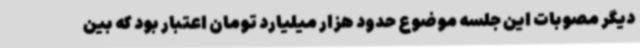
دیگر مصوبات این جلسه موضوع حدود هزار میلیارد تومان اعتبار بود که بین